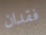
فقدان